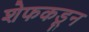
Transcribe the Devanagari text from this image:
शेफकडून